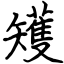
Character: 矱